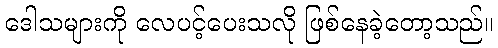
ဒေါသများကို လေပင့်ပေးသလို ဖြစ်နေခဲ့တော့သည်။